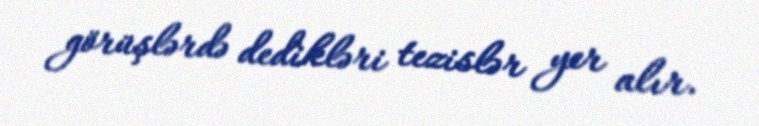
görüşlərdə dedikləri tezislər yer alır.